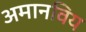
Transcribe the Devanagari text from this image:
अमानविय